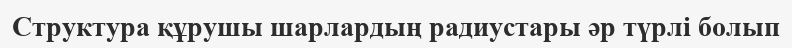
Структура құрушы шарлардың радиустары әр түрлі болып